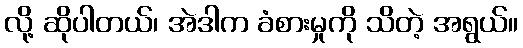
လို့ ဆိုပါတယ်၊ အဲဒါက ခံစားမှုကို သိတဲ့ အရွယ်။